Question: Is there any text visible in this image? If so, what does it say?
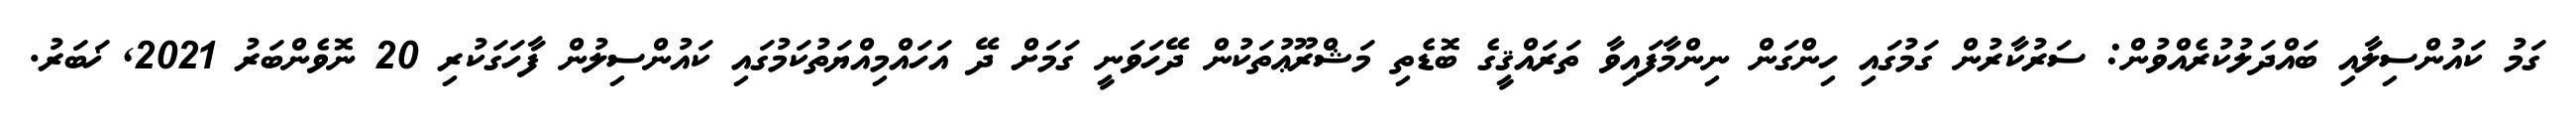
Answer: ގަމު ކައުންސިލާއި ބައްދަލުކުރެއްވުން: ސަރުކާރުން ގަމުގައި ހިންގަން ނިންމާފައިވާ ތަރައްޤީގެ ބޮޑެތި މަޝްރޫޢުތަކުން ދޭހަވަނީ ގަމަށް ދޭ އަހައްމިއްޔަތުކަމުގައި ކައުންސިލުން ފާހަގަކުރި 20 ނޮވެންބަރު 2021, ޚަބަރު.